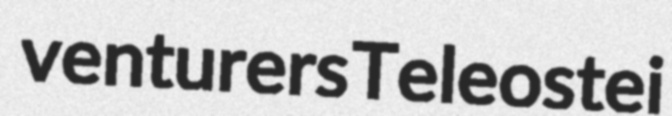
venturers Teleostei